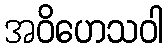
အဝိဟေသဝါ